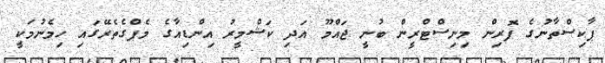
ޕާކިސްތާނުގެ ފޮރިން މިނިސްޓްރީން ބުނީ ޖައްމޫ އަދި ކަޝްމީރު އިންޑިއާގެ މެޕްގެތެރޭގައި ހިމެނުމަކީ